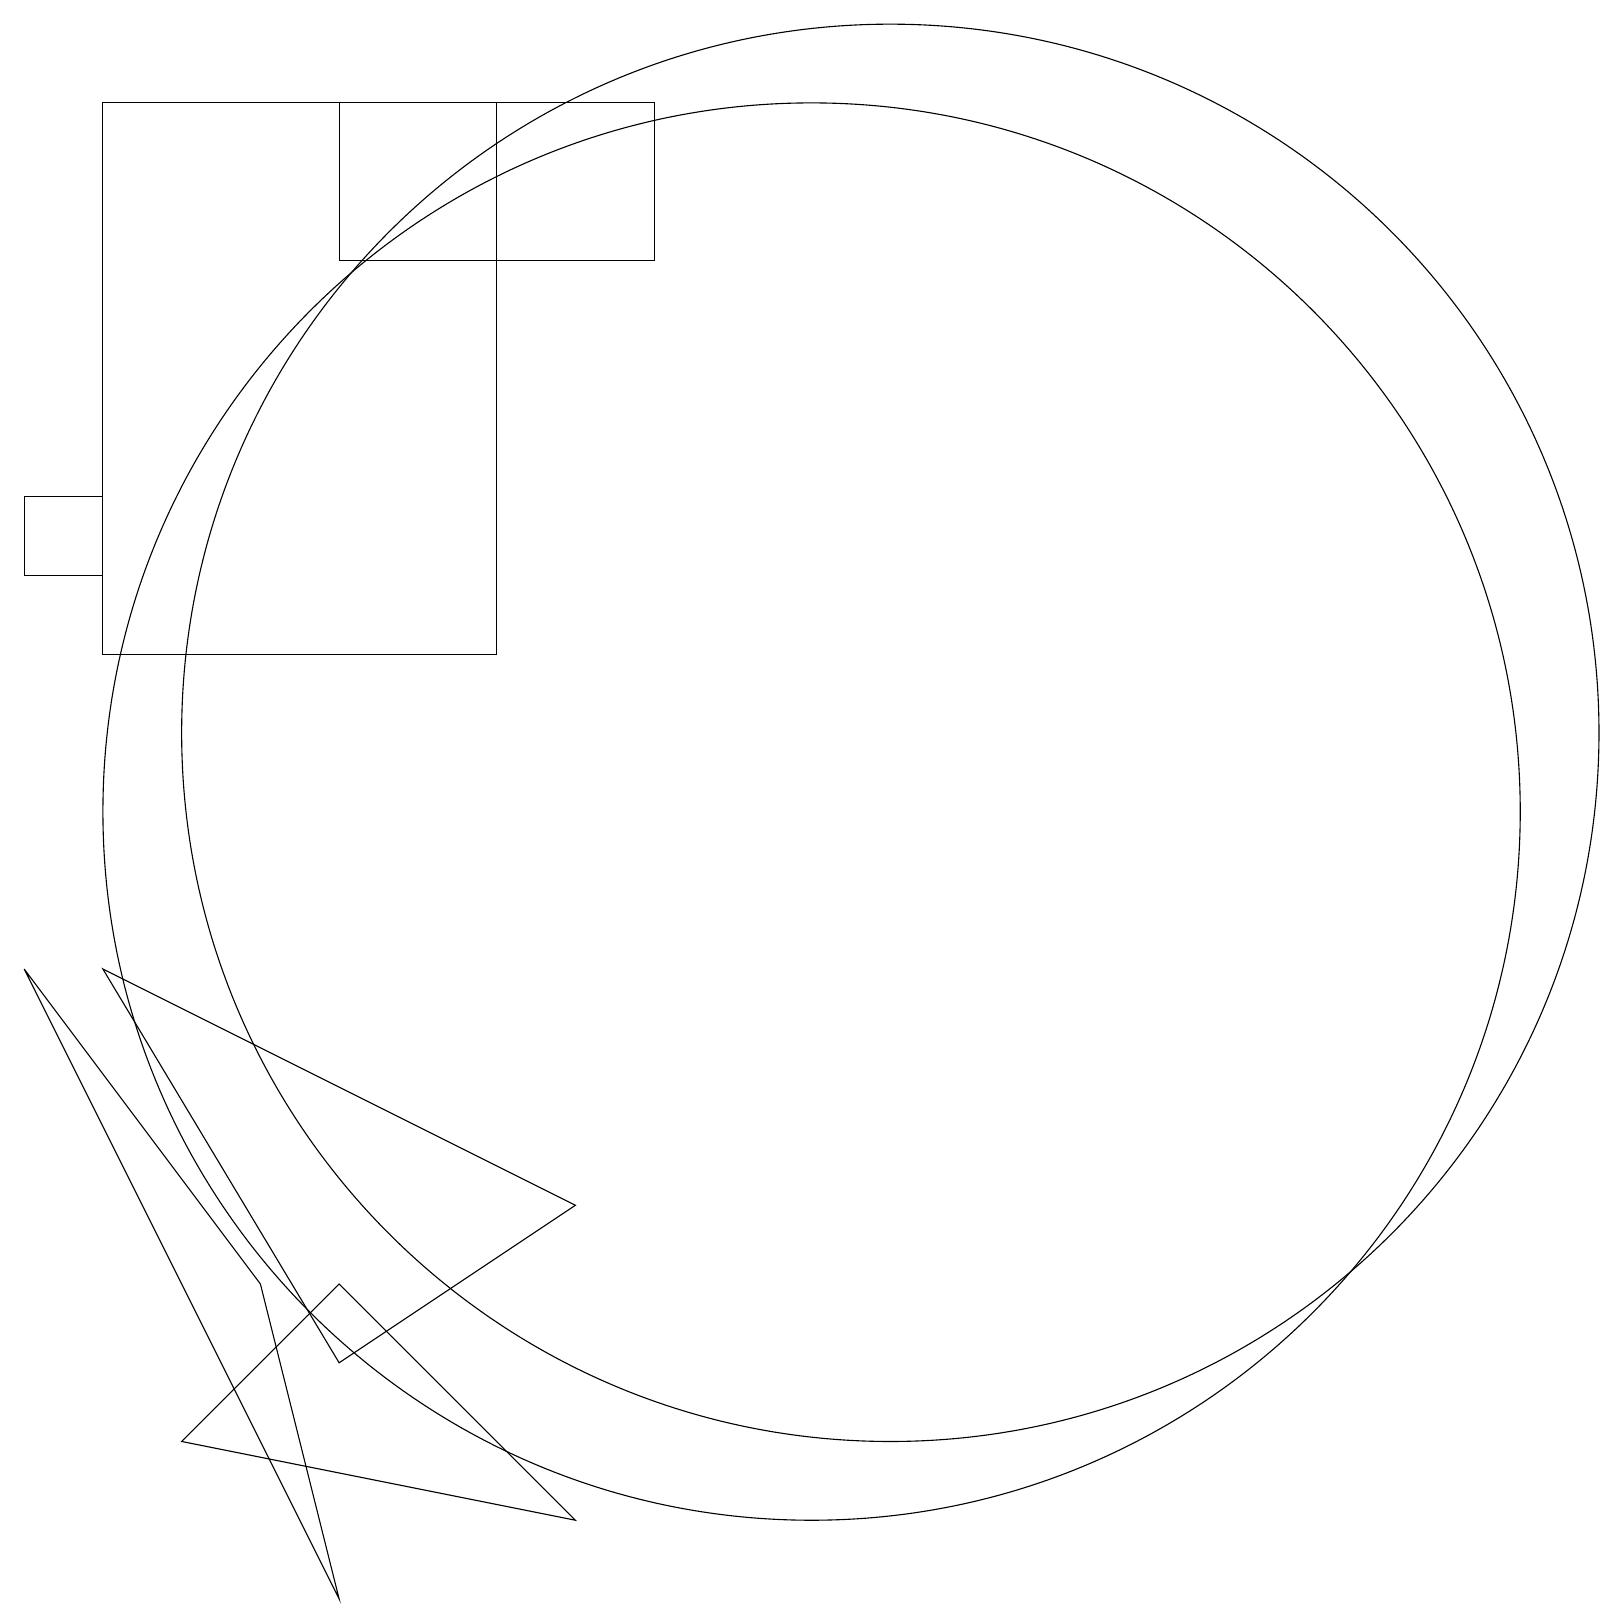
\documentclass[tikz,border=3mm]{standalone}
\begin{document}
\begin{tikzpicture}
\draw (0,13) rectangle (1,14);
\draw (11,11) circle (9);
\draw (4,19) rectangle (8,17);
\draw (4,0) -- (0,8) -- (3,4) -- cycle;
\draw (6,12) rectangle (1,19);
\draw (1,8) -- (4,3) -- (7,5) -- cycle;
\draw (2,2) -- (4,4) -- (7,1) -- cycle;
\draw (10,10) circle (9);
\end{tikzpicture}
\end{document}